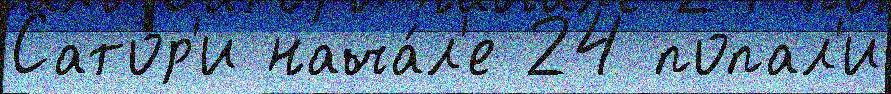
Сатор'и нача́л'е 24 попал'и